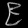
Digit: ၉